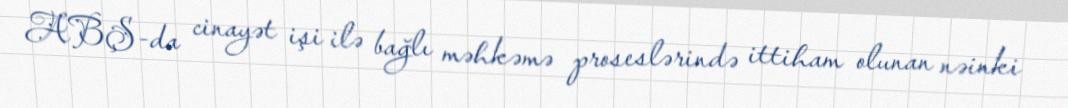
ABŞ-da cinayət işi ilə bağlı məhkəmə proseslərində ittiham olunan nəinki